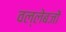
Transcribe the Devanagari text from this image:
वल्लेबजों